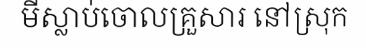
មីស្លាប់ចោលគ្រួសារ នៅស្រុក